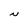
Character: N